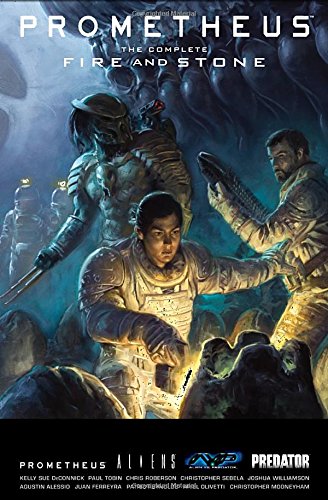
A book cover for Prometheus: The Complete Fire and Stone; Kelly Sue DeConnick; Comics & Graphic Novels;